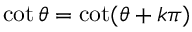
\quad \cot \theta = \cot ( \theta + k \pi )